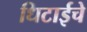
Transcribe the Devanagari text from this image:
धिटाईचे